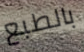
بالطبع